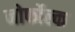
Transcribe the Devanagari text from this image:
नोर्फोल्क